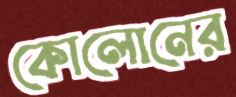
কোলোনের